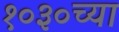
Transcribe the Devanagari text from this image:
१०३०च्या